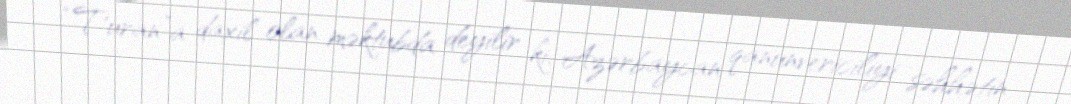
“Turan”a daxil olan məktubda deyilir ki, Azərbaycan qanunvericiliyi səhhətin